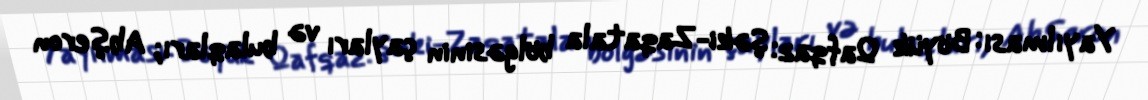
Yayılması: Böyük Qafqaz: Şəki-Zaqatala bölgəsinin çayları və bulaqları; Abşeron